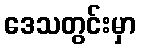
ဒေသတွင်းမှာ